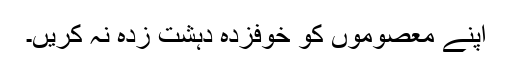
اپنے معصوموں کو خوفزدہ دہشت زدہ نہ کریں۔